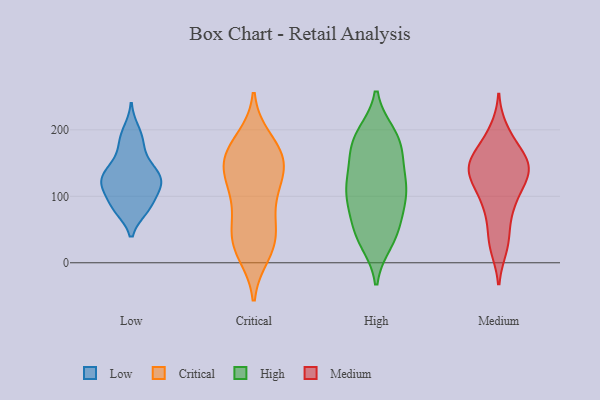
{"axis": {"x": "Latency (ms)", "y": "Value"}, "legend": ["Critical", "High", "Low", "Medium"], "data": [{"x": "", "y": 131, "type": "Low"}, {"x": "", "y": 81, "type": "Low"}, {"x": "", "y": 199, "type": "Low"}, {"x": "", "y": 83, "type": "Low"}, {"x": "", "y": 118, "type": "Low"}, {"x": "", "y": 144, "type": "Low"}, {"x": "", "y": 184, "type": "Low"}, {"x": "", "y": 136, "type": "Low"}, {"x": "", "y": 117, "type": "Low"}, {"x": "", "y": 83, "type": "Low"}, {"x": "", "y": 116, "type": "Low"}, {"x": "", "y": 121, "type": "Low"}, {"x": "", "y": 178, "type": "Low"}, {"x": "", "y": 150, "type": "Low"}, {"x": "", "y": 117, "type": "Low"}, {"x": "", "y": 86, "type": "Low"}, {"x": "", "y": 31, "type": "Critical"}, {"x": "", "y": 45, "type": "Critical"}, {"x": "", "y": 22, "type": "Critical"}, {"x": "", "y": 147, "type": "Critical"}, {"x": "", "y": 151, "type": "Critical"}, {"x": "", "y": 151, "type": "Critical"}, {"x": "", "y": 34, "type": "Critical"}, {"x": "", "y": 119, "type": "Critical"}, {"x": "", "y": 156, "type": "Critical"}, {"x": "", "y": 112, "type": "Critical"}, {"x": "", "y": 172, "type": "Critical"}, {"x": "", "y": 64, "type": "Critical"}, {"x": "", "y": 14, "type": "Critical"}, {"x": "", "y": 84, "type": "Critical"}, {"x": "", "y": 117, "type": "Critical"}, {"x": "", "y": 185, "type": "Critical"}, {"x": "", "y": 168, "type": "Critical"}, {"x": "", "y": 116, "type": "High"}, {"x": "", "y": 166, "type": "High"}, {"x": "", "y": 42, "type": "High"}, {"x": "", "y": 154, "type": "High"}, {"x": "", "y": 193, "type": "High"}, {"x": "", "y": 189, "type": "High"}, {"x": "", "y": 68, "type": "High"}, {"x": "", "y": 85, "type": "High"}, {"x": "", "y": 114, "type": "High"}, {"x": "", "y": 41, "type": "High"}, {"x": "", "y": 43, "type": "High"}, {"x": "", "y": 113, "type": "High"}, {"x": "", "y": 154, "type": "High"}, {"x": "", "y": 106, "type": "High"}, {"x": "", "y": 117, "type": "High"}, {"x": "", "y": 32, "type": "High"}, {"x": "", "y": 90, "type": "High"}, {"x": "", "y": 186, "type": "High"}, {"x": "", "y": 188, "type": "High"}, {"x": "", "y": 146, "type": "Medium"}, {"x": "", "y": 154, "type": "Medium"}, {"x": "", "y": 148, "type": "Medium"}, {"x": "", "y": 199, "type": "Medium"}, {"x": "", "y": 138, "type": "Medium"}, {"x": "", "y": 81, "type": "Medium"}, {"x": "", "y": 113, "type": "Medium"}, {"x": "", "y": 44, "type": "Medium"}, {"x": "", "y": 147, "type": "Medium"}, {"x": "", "y": 148, "type": "Medium"}, {"x": "", "y": 143, "type": "Medium"}, {"x": "", "y": 81, "type": "Medium"}, {"x": "", "y": 123, "type": "Medium"}, {"x": "", "y": 120, "type": "Medium"}, {"x": "", "y": 27, "type": "Medium"}, {"x": "", "y": 187, "type": "Medium"}, {"x": "", "y": 23, "type": "Medium"}, {"x": "", "y": 173, "type": "Medium"}, {"x": "", "y": 95, "type": "Medium"}]}